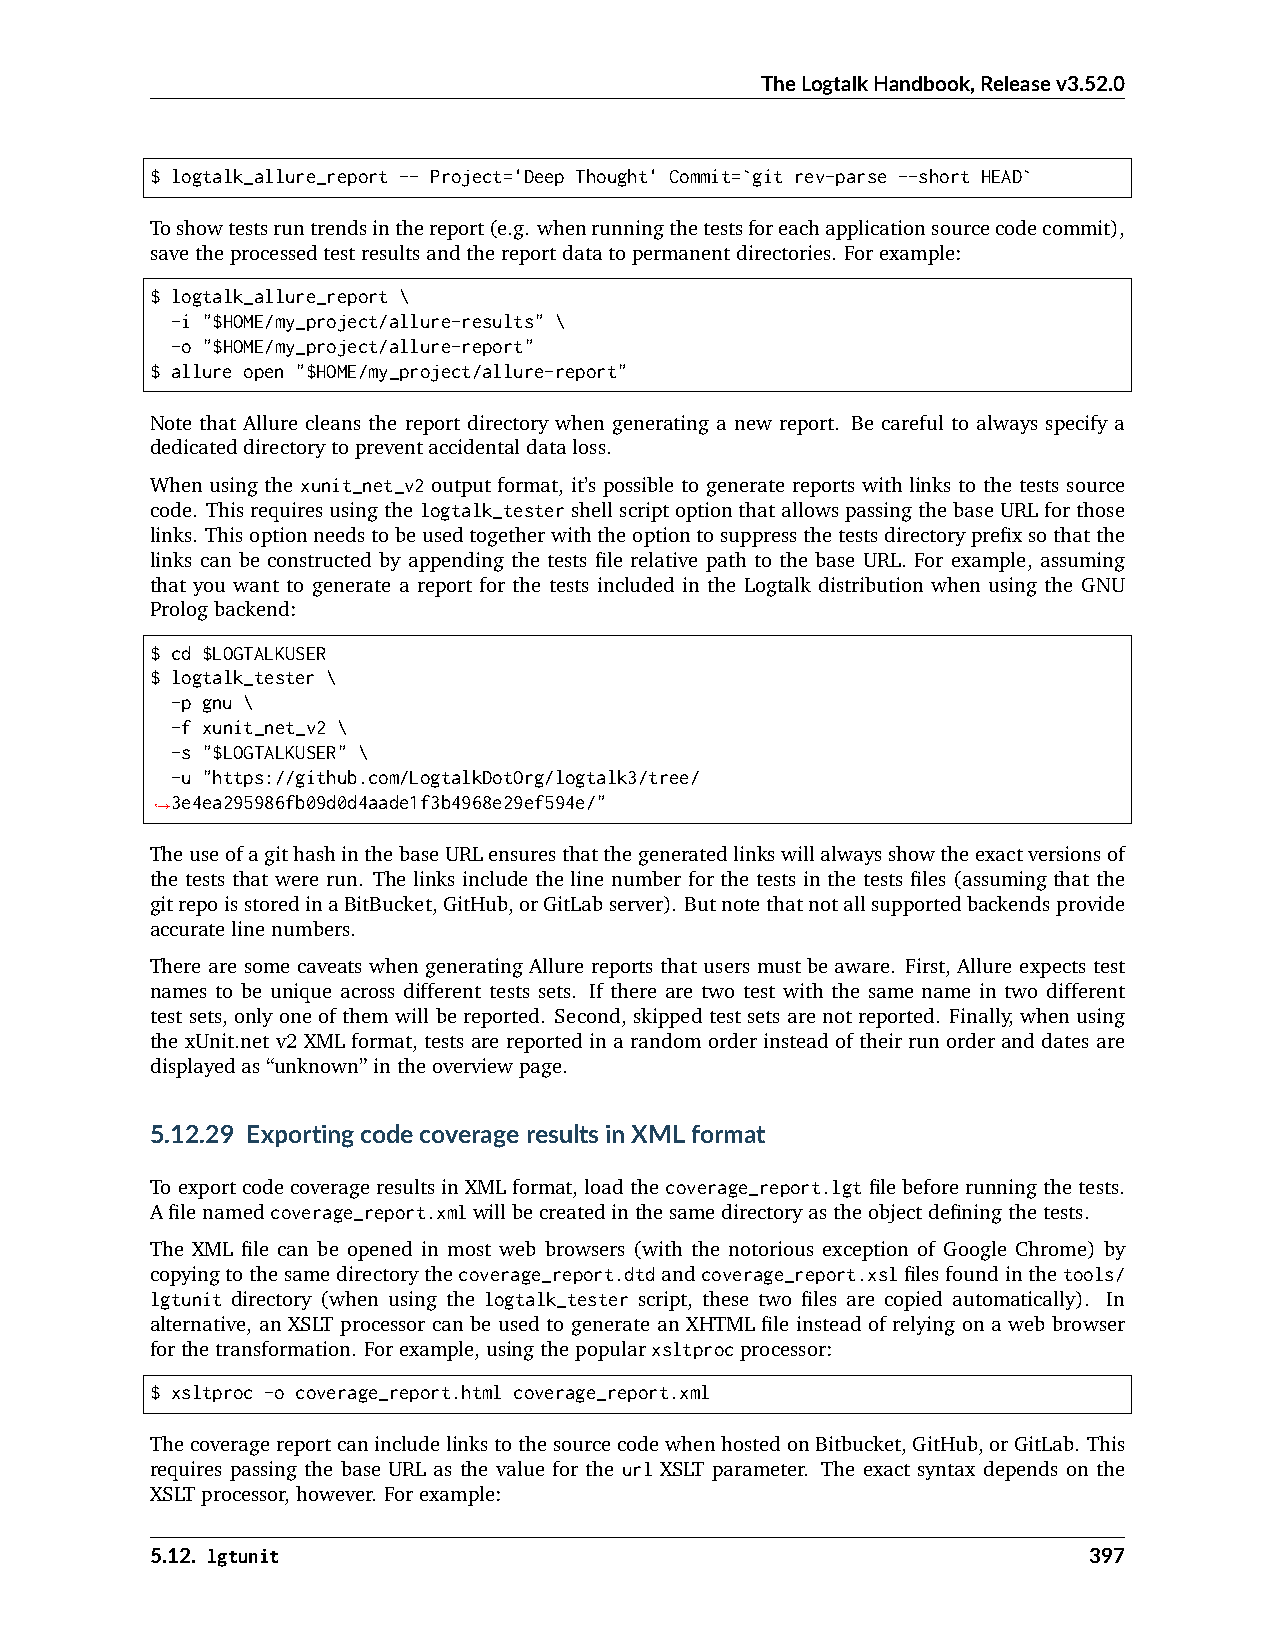
TheLogtalkHandbook,Releasev3.52.0
 $ logtalk_allure_report -- Project='Deep Thought' Commit=`git rev-parse --short HEAD`
 Toshowtestsruntrendsinthereport(e.g. whenrunningthetestsforeachapplicationsourcecodecommit),
 savetheprocessedtestresultsandthereportdatatopermanentdirectories. Forexample:
 $ logtalk_allure_report \
 -i "$HOME/my_project/allure-results" \
 -o "$HOME/my_project/allure-report"
 $ allure open "$HOME/my_project/allure-report"
 Note that Allure cleans the report directory when generating a new report. Be careful to always specify a
 dedicateddirectorytopreventaccidentaldataloss.
 When using the xunit_net_v2 output format, it’s possible to generate reports with links to the tests source
 code. Thisrequiresusingthelogtalk_testershellscriptoptionthatallowspassingthebaseURLforthose
 links. Thisoptionneedstobeusedtogetherwiththeoptiontosuppressthetestsdirectoryprefixsothatthe
 links can be constructed by appending the tests file relative path to the base URL. For example, assuming
 that you want to generate a report for the tests included in the Logtalk distribution when using the GNU
 Prologbackend:
 $ cd $LOGTALKUSER
 $ logtalk_tester \
 -p gnu \
 -f xunit_net_v2 \
 -s "$LOGTALKUSER" \
 -u "https://github.com/LogtalkDotOrg/logtalk3/tree/
 3e4ea295986fb09d0d4aade1f3b4968e29ef594e/"
 ˓→
 TheuseofagithashinthebaseURLensuresthatthegeneratedlinkswillalwaysshowtheexactversionsof
 the tests that were run. The links include the line number for the tests in the tests files (assuming that the
 gitrepoisstoredinaBitBucket,GitHub,orGitLabserver). Butnotethatnotallsupportedbackendsprovide
 accuratelinenumbers.
 There are some caveats when generating Allure reports that users must be aware. First, Allure expects test
 names to be unique across different tests sets. If there are two test with the same name in two different
 testsets, onlyoneofthemwillbereported. Second, skippedtestsetsarenotreported. Finally, whenusing
 the xUnit.net v2 XML format, tests are reported in a random order instead of their run order and dates are
 displayedas“unknown”intheoverviewpage.
 5.12.29 ExportingcodecoverageresultsinXMLformat
 ToexportcodecoverageresultsinXMLformat,loadthecoverage_report.lgtfilebeforerunningthetests.
 Afilenamedcoverage_report.xmlwillbecreatedinthesamedirectoryastheobjectdefiningthetests.
 The XML file can be opened in most web browsers (with the notorious exception of Google Chrome) by
 copyingtothesamedirectorythecoverage_report.dtdandcoverage_report.xslfilesfoundinthetools/
 lgtunit directory (when using the logtalk_tester script, these two files are copied automatically). In
 alternative, an XSLT processor can be used to generate an XHTML file instead of relying on a web browser
 forthetransformation. Forexample,usingthepopularxsltprocprocessor:
 $ xsltproc -o coverage_report.html coverage_report.xml
 ThecoveragereportcanincludelinkstothesourcecodewhenhostedonBitbucket,GitHub,orGitLab. This
 requires passing the base URL as the value for the url XSLT parameter. The exact syntax depends on the
 XSLTprocessor,however. Forexample:
 5.12. lgtunit                                                 397